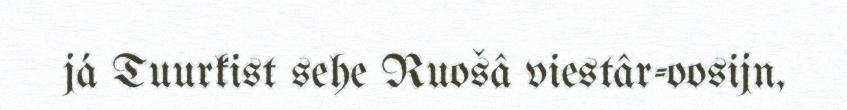
já Tuurkist sehe Ruošâ viestâr-oosijn,